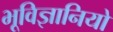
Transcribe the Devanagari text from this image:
भूविज्ञानियो